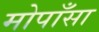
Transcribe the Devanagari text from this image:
मोपाँसा